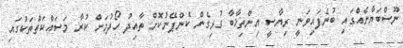
ނޫސްބަޔާނެއްގައި ބުނެފައިވަނީ ރިޔާސީ އިންތިޚާބާ ގުޅިގެން ކެންޕޭނުކޮށް ތާއިދު ހޯދުމަށް ކުރާ މަސައްކަތްތަކުގައި